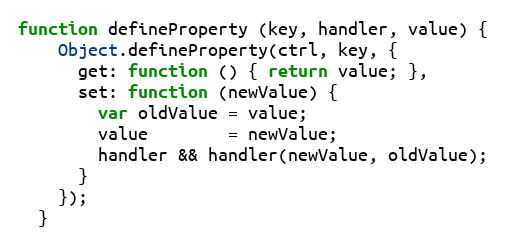
Language: JavaScript
function defineProperty (key, handler, value) {
    Object.defineProperty(ctrl, key, {
      get: function () { return value; },
      set: function (newValue) {
        var oldValue = value;
        value        = newValue;
        handler && handler(newValue, oldValue);
      }
    });
  }